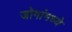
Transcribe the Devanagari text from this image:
जोगांमध्ये